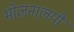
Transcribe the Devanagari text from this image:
भोजनालयौ